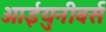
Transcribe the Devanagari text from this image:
आईयुनीवर्स